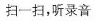
扫一扫，听录音